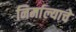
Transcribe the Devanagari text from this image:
निर्माल्याचे